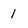
Character: 1